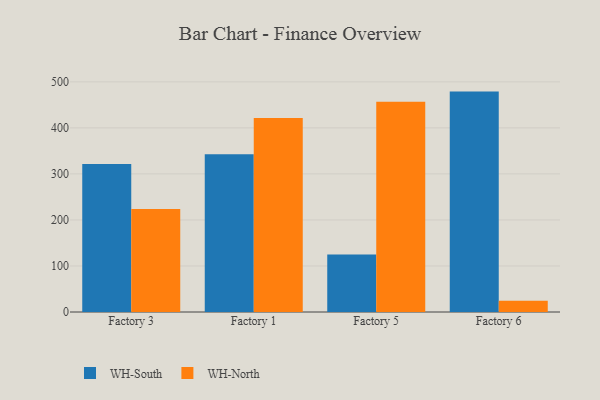
{"axis": {"x": "Factory", "y": "Waste Production (Tons)"}, "legend": ["WH-North", "WH-South"], "data": [{"x": "Factory 3", "y": 321.6, "type": "WH-South"}, {"x": "Factory 3", "y": 223.7, "type": "WH-North"}, {"x": "Factory 1", "y": 342.5, "type": "WH-South"}, {"x": "Factory 1", "y": 421.2, "type": "WH-North"}, {"x": "Factory 5", "y": 124.7, "type": "WH-South"}, {"x": "Factory 5", "y": 456.8, "type": "WH-North"}, {"x": "Factory 6", "y": 478.8, "type": "WH-South"}, {"x": "Factory 6", "y": 24.4, "type": "WH-North"}]}